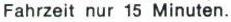
Fahrzeit nur 15 Minuten.